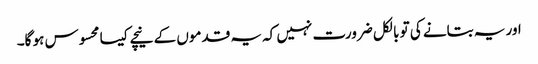
اور یہ بتانے کی تو بالکل ضرورت نہیں کہ یہ قدموں کے نیچے کیسا محسوس ہو گا۔